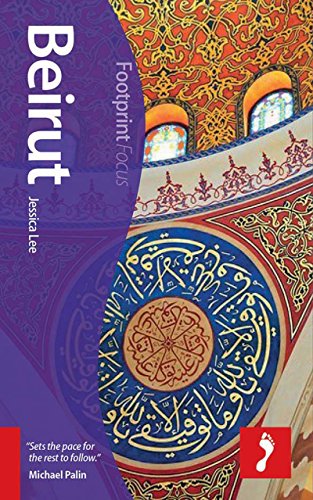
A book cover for Beirut Focus Guide (Footprint Focus); Jessica Lee; Travel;